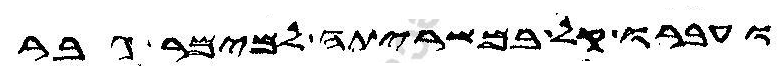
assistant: ועברו קל במשריתה למימר גבר